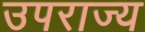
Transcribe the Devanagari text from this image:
उपराज्य